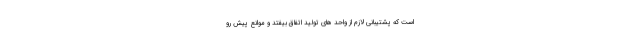
است که پشتیبانی لازم از واحد های تولید اتفاق بیفتد و موانع پیش رو